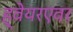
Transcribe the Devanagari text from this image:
ह्वेयरएवर